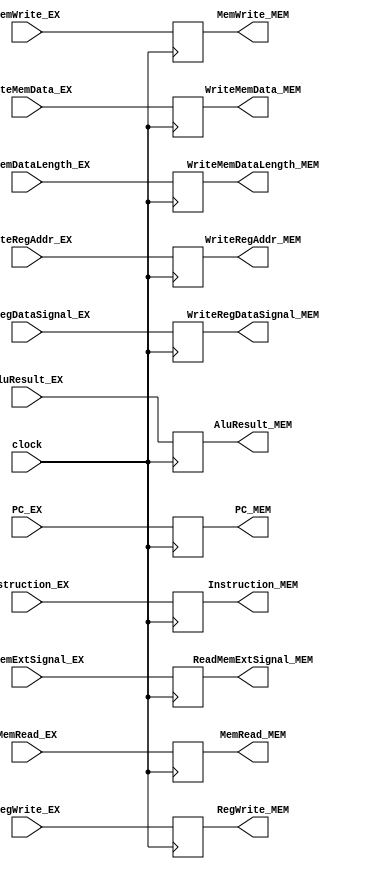
`timescale 1ns / 1ps

module EX_MEM(
    input clock,
    
    input [2:0] MemRead_EX,
    input [1:0] MemWrite_EX,
    input       RegWrite_EX,
    input [1:0] WriteRegDataSignal_EX,
    input [31:0] AluResult_EX,
    input [31:0] WriteMemData_EX,
    input [4:0] WriteRegAddr_EX,
    input [31:0] Instruction_EX,
    input [2:0] WriteMemDataLength_EX,
    input [3:0] ReadMemExtSignal_EX,
    input [31:0] PC_EX,
    output reg [2:0] MemRead_MEM,            
    output reg [1:0] MemWrite_MEM,           
    output reg       RegWrite_MEM,           
    output reg [1:0] WriteRegDataSignal_MEM, 
    output reg [31:0] AluResult_MEM,         
    output reg [31:0] WriteMemData_MEM,      
    output reg [4:0] WriteRegAddr_MEM,      
    output reg [31:0] Instruction_MEM,
    output reg[2:0] WriteMemDataLength_MEM,
    output reg[3:0] ReadMemExtSignal_MEM,
    output reg[31:0] PC_MEM       
    );
    always @(posedge clock) begin
        MemRead_MEM              <=     MemRead_EX              ;
        MemWrite_MEM             <=     MemWrite_EX             ;
        RegWrite_MEM             <=     RegWrite_EX             ;
        WriteRegDataSignal_MEM   <=     WriteRegDataSignal_EX   ;
        AluResult_MEM            <=     AluResult_EX            ;
        WriteMemData_MEM         <=     WriteMemData_EX         ;
        WriteRegAddr_MEM         <=     WriteRegAddr_EX         ;
        Instruction_MEM          <=     Instruction_EX          ;
        WriteMemDataLength_MEM   <=     WriteMemDataLength_EX   ;
        ReadMemExtSignal_MEM     <=     ReadMemExtSignal_EX     ;
        PC_MEM                   <=     PC_EX;
    end 
endmodule